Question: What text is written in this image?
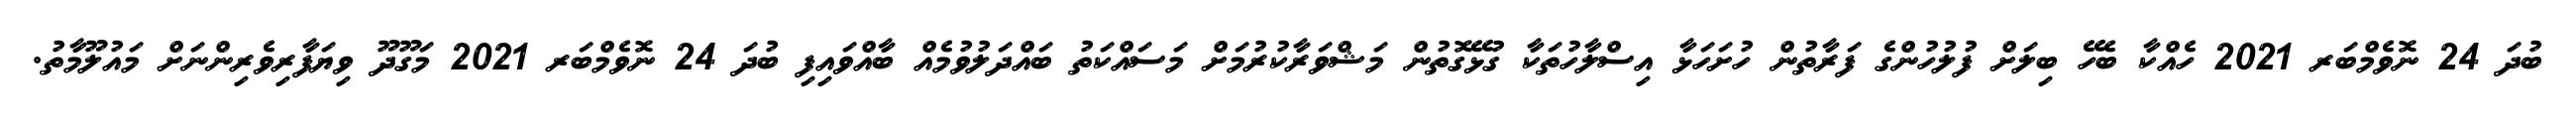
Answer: ބުދަ 24 ނޮވެމްބަރ 2021 ހެއްކާ ބެހޭ ބިލަށް ފުލުހުންގެ ފަރާތުން ހުށަހަޅާ އިސްލާހުތަކާ ގުޅޭގޮތުން މަޝްވަރާކުރުމަށް މަސައްކަތު ބައްދަލުވުމެއް ބާއްވައިފި ބުދަ 24 ނޮވެމްބަރ 2021 މަގޫދޫ ވިޔަފާރިވެރިންނަށް މައުލޫމާތު.